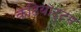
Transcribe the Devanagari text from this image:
कटियाट्टम